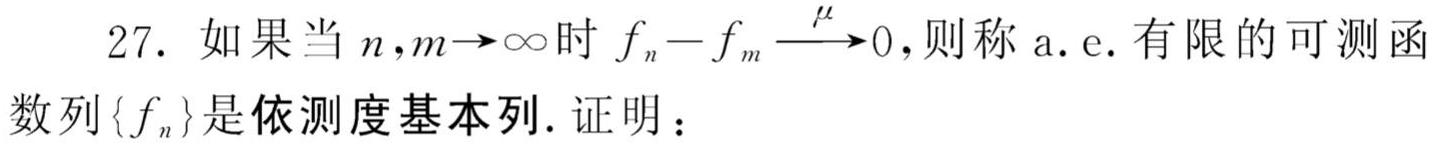
27. 如果当 $n,m\rightarrow\infty$ 时 $f_{n}-f_{m}\xrightarrow{\mu}0$,则称 a.e. 有限的可测函数列 $\{f_{n}\}$ 是依测度基本列. 证明：